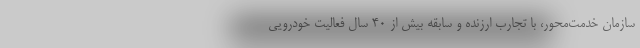
سازمان خدمت‌محور، با تجارب ارزنده و سابقه بیش از ۴۰ سال فعالیت خودرویی